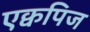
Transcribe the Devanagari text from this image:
एक्वपिज